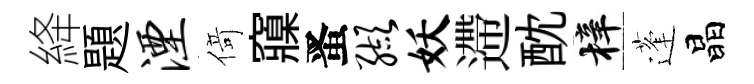
絳題湮𠋣䆿󱉠缬妖遰酖梓蓬晶